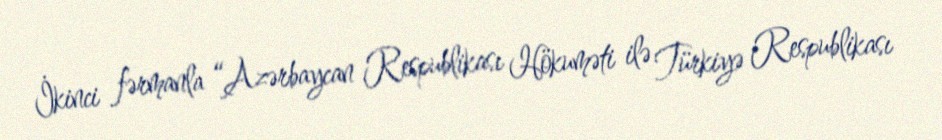
İkinci fərmanla “Azərbaycan Respublikası Hökuməti ilə Türkiyə Respublikası